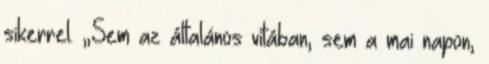
sikerrel. „Sem az általános vitában, sem a mai napon,